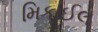
મિકાઈલ